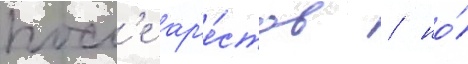
посл'е ар'е́стов / но́